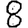
Digit: 8